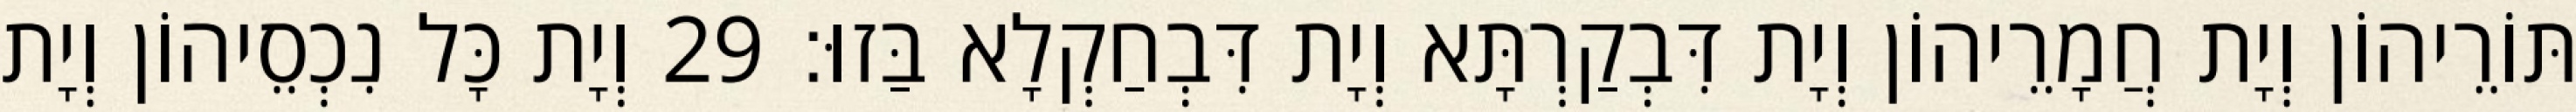
תּוֹרֵיהוֹן וְיָת חֲמָרֵיהוֹן וְיָת דִּבְקַרְתָּא וְיָת דִּבְחַקְלָא בַּזוּ׃ 29 וְיָת כָּל נִכְסֵיהוֹן וְיָת